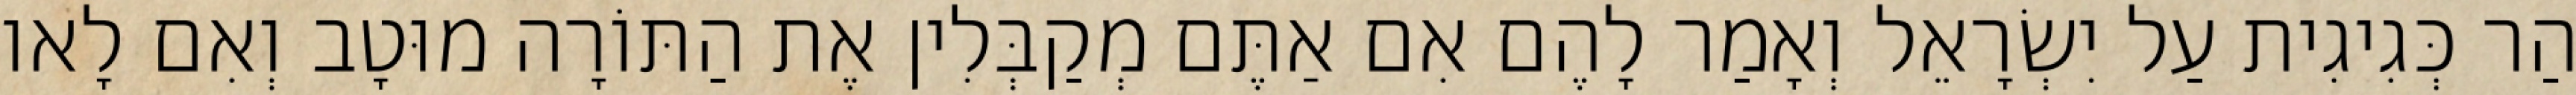
הַר כְּגִיגִית עַל יִשְׂרָאֵל וְאָמַר לָהֶם אִם אַתֶּם מְקַבְּלִין אֶת הַתּוֹרָה מוּטָב וְאִם לָאו